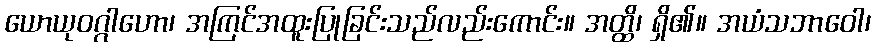
ယောယုဝဂ္ဂါဟော၊ အကြင်အထူးပြုခြင်းသည်လည်းကောင်း။ အတ္ထိ၊ ရှိ၏။ အယံသဘာဝေါ၊